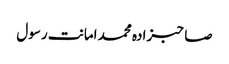
صاحبزادہ محمد امانت رسول